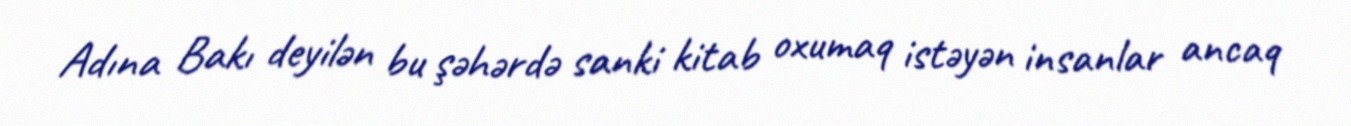
Adına Bakı deyilən bu şəhərdə sanki kitab oxumaq istəyən insanlar ancaq